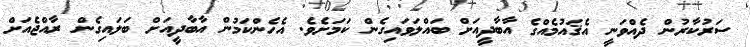
ސަރުކާރުން ދެއްވަނީ އެޤައުމެއްގެ އާބާދީއަށް ބައްލަވައިގެން ކަމަށެވެ. އެހެންކަމުން އާބާދީއަށް ބަލައިގެން ރާއްޖެއަށް